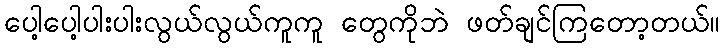
ပေါ့ပေါ့ပါးပါးလွယ်လွယ်ကူကူ တွေကိုဘဲ ဖတ်ချင်ကြတော့တယ်။